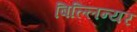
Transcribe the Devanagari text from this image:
बिल्लिन्यर